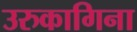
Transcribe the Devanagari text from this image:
उरुकागिना